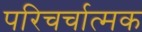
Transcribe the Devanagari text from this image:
परिचर्चात्मक